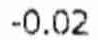
-0.02